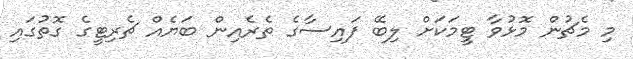
މި މެޗުން މޮޅުވާ ޓީމަކަށް ލިބޭ ފައިސާގެ ތެރެއިން ބަޔެއް ޗެރިޓީގެ ގޮތުގައި